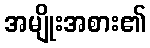
အမျိုးအစား၏